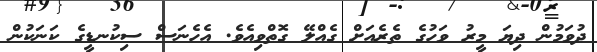
ދުވަމުން ދިޔަ މީރު ވަހުގެ ތެރެއަށް ގެއްލޭ ގޮތްވިއެވެ. އެހެނަސް ސިކުނޑީގެ ކަނަކުން